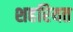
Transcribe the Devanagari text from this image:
शहरियत